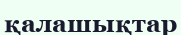
қалашықтар